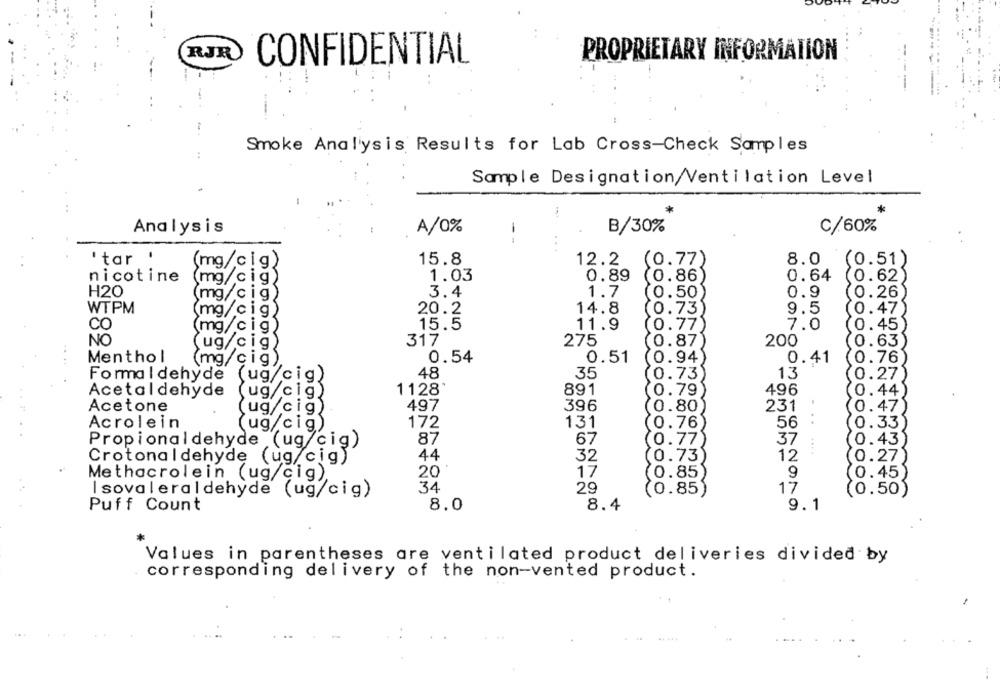
RJR
CONFIDENTIAL
PROPRIETARY INFORMATION
Smoke Analysis Results for Lab Cross-Check Samples
44
Sample Designation/Ventilation Level
A/0%
C/60%
Analysis
B/30%
--
'tar '
(mg/cig
15.8
(0.77)
8.0
(0.51)
12.2
nicotine
1.03
6.89
0.64
(mg/c i g
(0.86)
0.62)
H20
(mg/c i g
3.4
1.7
(0.50)
0.9
0.26)
WTPM
(mg/c i
20.2
14.8
0.73
9.5
0.47)
15.5
7.0
CO
mg/c i
11.9
0.77)
0.45)
NO
(ug/c i
317
275
0.87)
200
0.63)
Menthol
0.54
0.51
0.41
0.76)
(mg/c ig)
0.94)
48
35
13
Formaldehyde (ug/cig
(0.73)
0.27)
Acetaldehyde
ug/cig.
1128
891
0.79
496
0.44
Acetone
(ug/ciğ
497
396
0.80)
231
0.47
172
56
...
Acrolein
(ug/cig)
131
0.76)
0.33)
Propionaldehyde (ug/cig)
87
67
0.77)
37
0.43)
... .
44
32
10.73
12
Crotonaldehyde (ug/cig)
0.27)
20
17
0.85
9
(0.45)
I soval eraldehyde (ug/
34
29
(0.85)
17
(0.50)
Methacrolein (ug/Gis cig)
8.0
8.4
9.1
Puff Count
Values in parentheses are ventilated product deliveries divided by
corresponding delivery of the non-vented product.